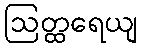
ဩတ္ထရေယျ